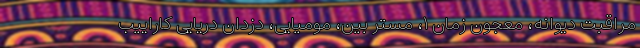
مراقبت دیوانه، معجون زمان ۱، مستر بین، مومیایی، دزدان دریایی کاراییب